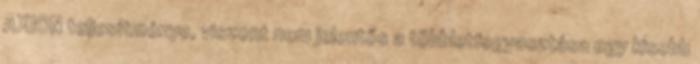
AXION teljesítménye, viszont nem jelentős a többletfogyasztása egy kisebb